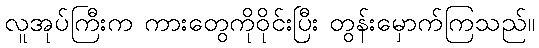
လူအုပ်ကြီးက ကားတွေကိုဝိုင်းပြီး တွန်းမှောက်ကြသည်။